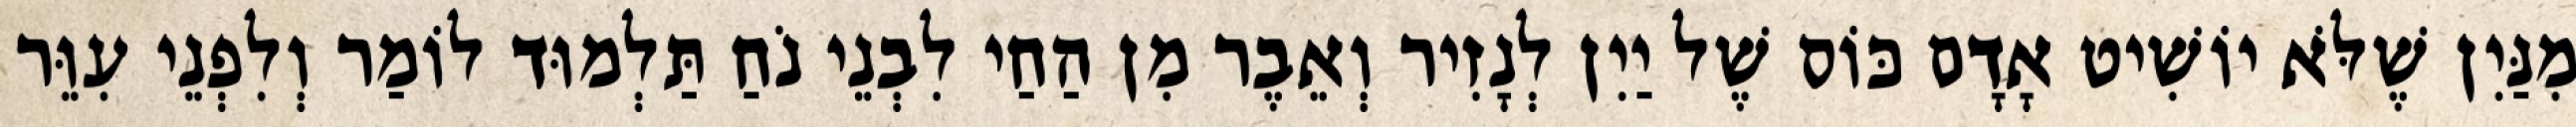
מִנַּיִן שֶׁלֹּא יוֹשִׁיט אָדָם כּוֹס שֶׁל יַיִן לְנָזִיר וְאֵבֶר מִן הַחַי לִבְנֵי נֹחַ תַּלְמוּד לוֹמַר וְלִפְנֵי עִוֵּר